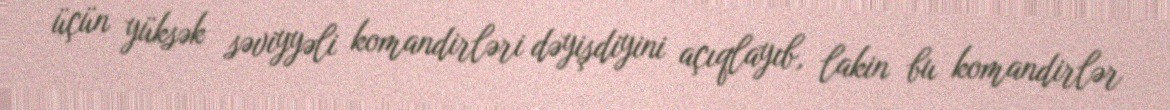
üçün yüksək səviyyəli komandirləri dəyişdiyini açıqlayıb, lakin bu komandirlər